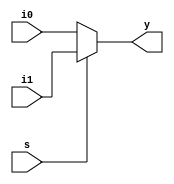
`timescale 1ns / 1ps
//////////////////////////////////////////////////////////////////////////////////
// Company:        Universidad Nacional de Colombia
// 
// Design Name:    Multiplexor 2 a 1
// Module Name:    mux2_1 
// Project Name:   Contador 0 a 9999
// Target Devices: Xilinx Spartan-3E FPGA
// Tool versions: 
// Description:    Multiplexor de 2 entradas 1 salida
//
// Dependencies: 
//
// Revision: 
// Revision 0.01 - File Created
// Additional Comments: 
//
//////////////////////////////////////////////////////////////////////////////////
module mux2_1
	#(parameter ancho = 4)
				 (input  [ancho-1:0] i0,i1,
				  input  s,
				  output [ancho-1:0] y);
				  
	assign y=s?i1:i0;


endmodule